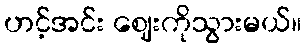
ဟင့်အင်း ဈေးကိုသွားမယ်။